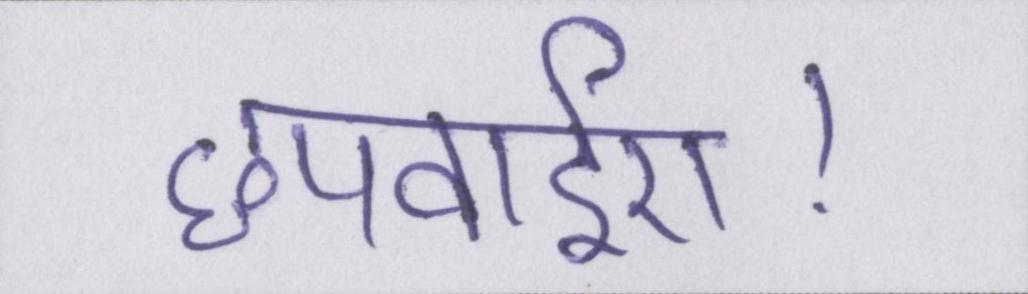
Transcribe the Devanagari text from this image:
छपवाईए।